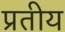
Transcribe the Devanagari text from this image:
प्रतीय